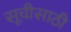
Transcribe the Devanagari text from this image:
सूचीसाठी